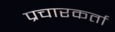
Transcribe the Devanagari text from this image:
प्रचारकर्ता